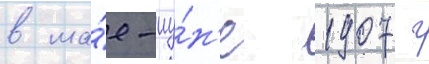
в ма́е-иу́н'е 1907 г